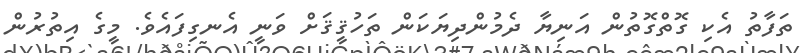
ތަފާތު އެކި ގޮތްގޮތުން އަނިޔާ ދެމުންދިޔަކަން ތަހުޤީޤަށް ވަނީ އެނގިފައެވެ. މީގެ އިތުރުން